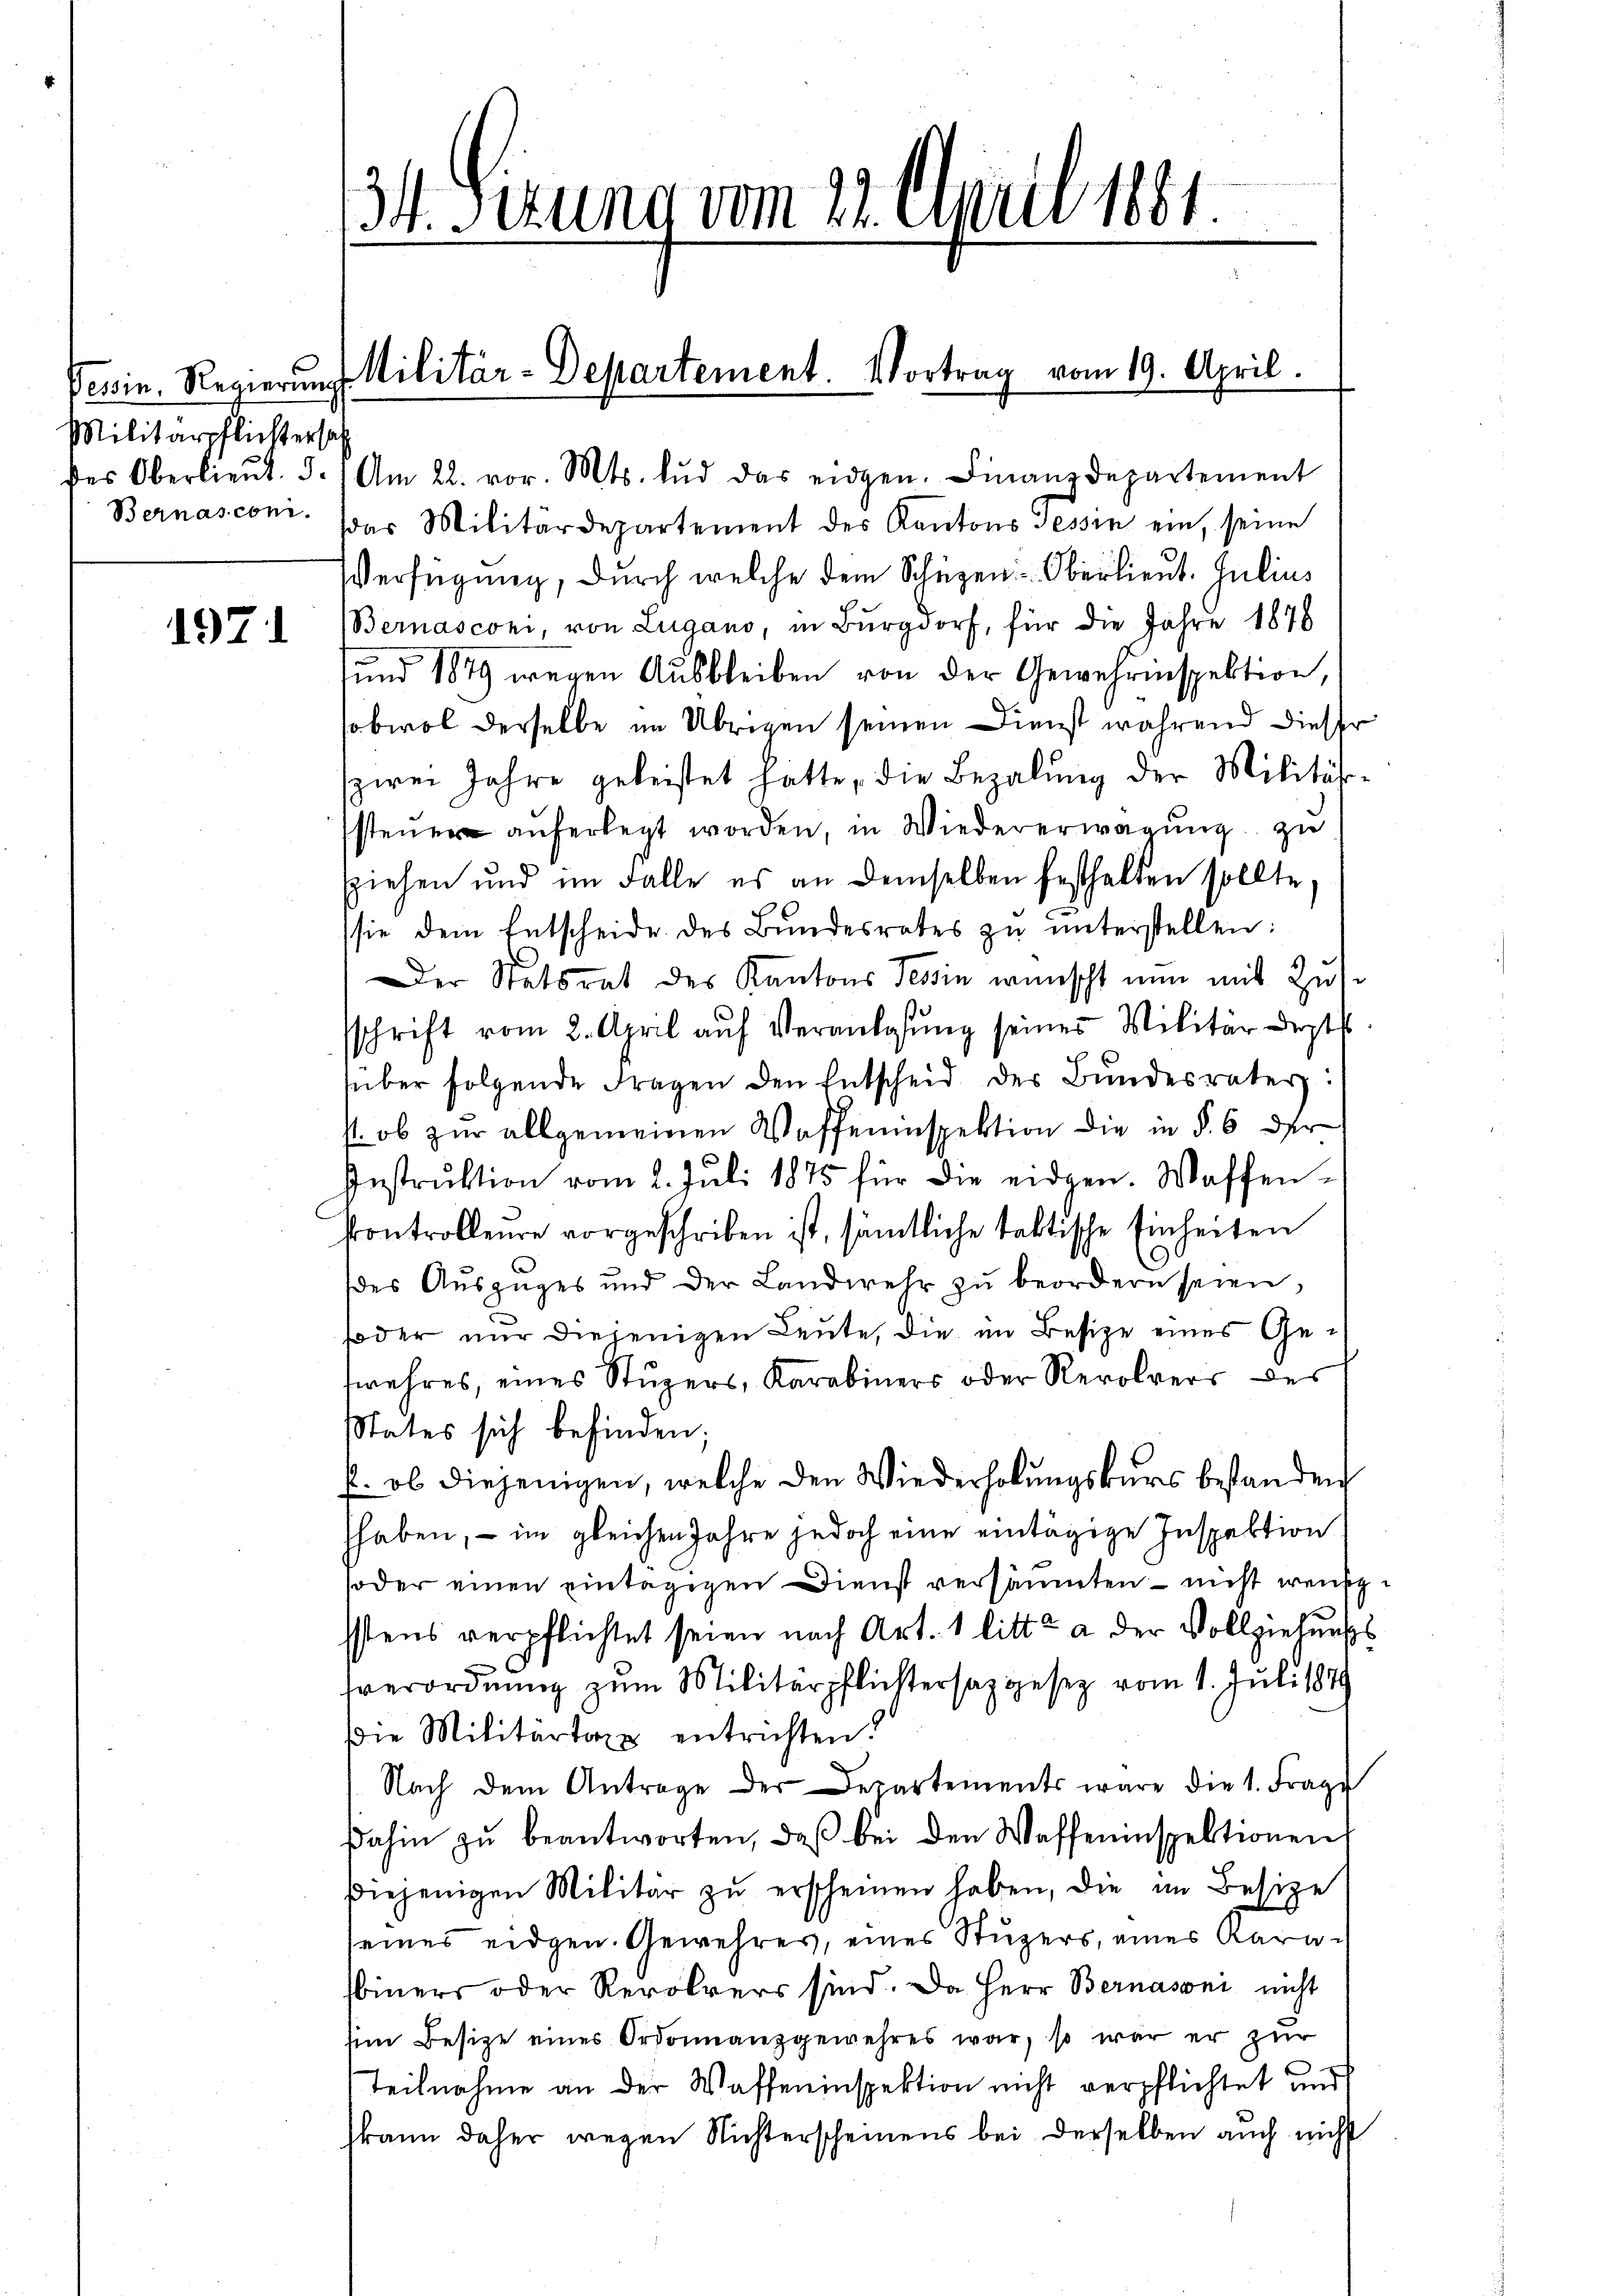
Militärpflichtersal

1971

34. Sirung vom 22. April 1881

Vessin. Regierungs Militär-Departement. Vortrag vom 19. April.

des Oberlieŭt. J. Am 22. vor. Mts. Lŭd das eidgen. Finanzdepartement
Bernasconi. Das Militärdepartement des Kantons Tessin ein, seine
Verfügung, durch welche dem Schüzen-Oberlieut. Julius
Bernasconi, von Lugano, in Burgdorf, für die Jahre 1878
und 1879 wegen Ausbleiben von der Gewehrinspektion,
obwol derselbe im Übrigen seinen Dienst während dieser
zwei Jahre geleistet hatte, die Bezalung der Militärssten aŭferlegt worden, in Wiedererwägŭng zu
ziehen und im Falle es an demselben festhalten sollte,
sie dem Entscheide des Bŭndesrates zŭ ŭnterstellen:
Der Statsrat des Kantons Tessin wünscht nun mit Zussschrift vom 2. April auf Veranlasung seines Militärdepts
über folgende Fragen den Entscheid der Bŭndesrater:
s. ob zur allgemeinen Waffeninspektion die in § 6 der
Instrŭktion vom 2. Juli 1875 für die eidgen. Waffen-
Controlleure vorgeschriben ist, sämtliche taktische Einheiten
des Aŭszŭges und der Landwehr zŭ beordern seien,
foder nur diejenigen Leute, die im Besize eines Gefwehres, eines Stupers, Karabiners oder Revolvers des
states sich befinden;
f. ob diejenigen, welche den Wiederholŭngskurs bestanden
hhaben, – im gleichen Jahre jedoch eine eintägige Inspektion
soder einen eintägigen Dienst versäumten – nicht weish
sstens verpflichtet seien nach Art. 1 litt. a der Vollziehungssverordnung zum Militärpflichtersagesez vom 1. Juli 1849
die Militärtaxe entrichten?
Nach dem Antrage der Departements wäre die 1. Frage
dahin zŭ beantworten, daβ bei den Waffeninspektionen
diejenigen Militär zŭ erscheinen haben, die im Besize
seines eidgen. Gewehres, eines Stuzers, eines Karainers oder Revolvers sind. Da Herr Bernasoni nicht
him Besitze eines Ordonnanzgewehres war, so war er zŭr
Teilnahme an der Waffeninspektion nicht verpflichtet und
kann daher wegen Nichterscheinens bei derselben auch nicht